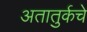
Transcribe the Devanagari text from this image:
अतातुर्कचे